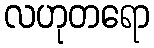
လဟုတရော